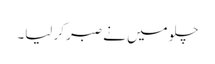
چلو میں نے صبر کر لیا۔